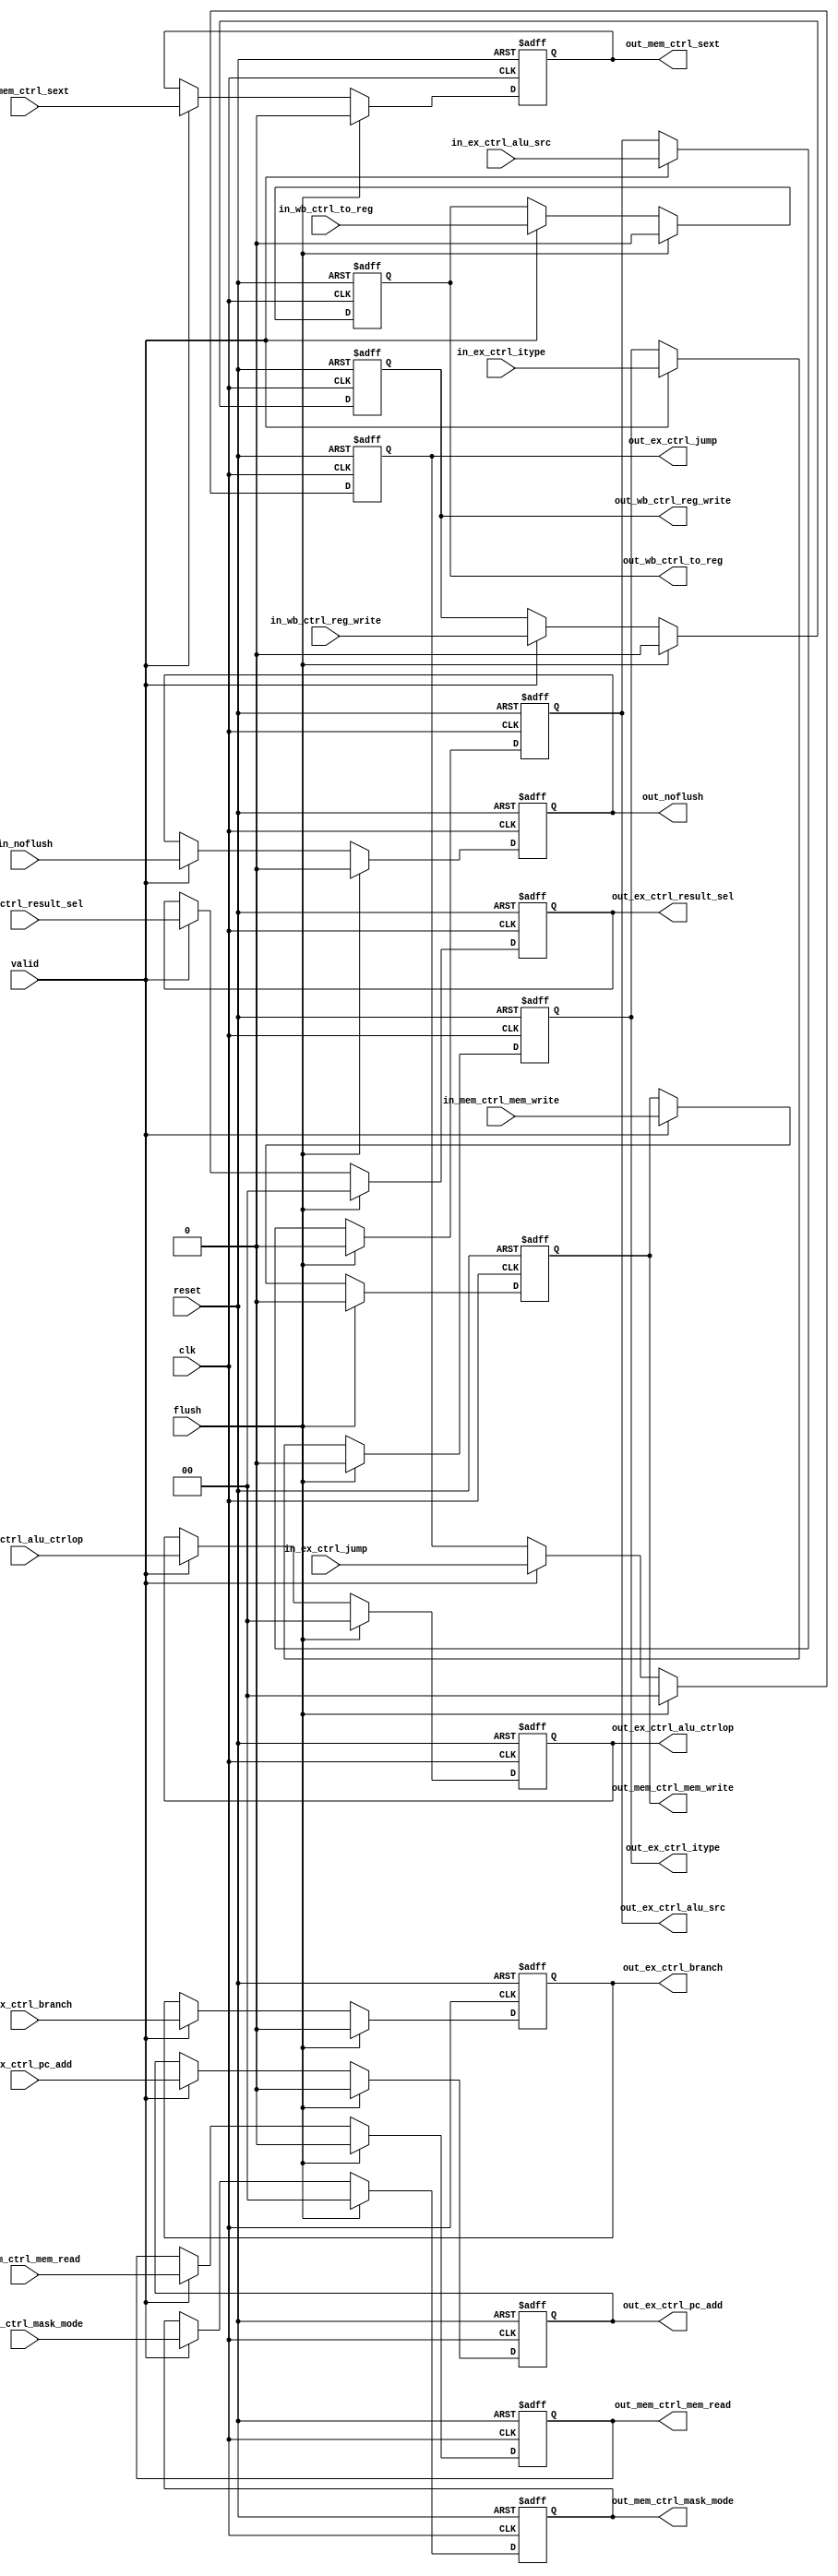
module id_ex_ctrl (
  input        clk,
  input        reset,
  input        in_ex_ctrl_itype,
  input  [1:0] in_ex_ctrl_alu_ctrlop,
  input  [1:0] in_ex_ctrl_result_sel,
  input        in_ex_ctrl_alu_src,
  input        in_ex_ctrl_pc_add,
  input        in_ex_ctrl_branch,
  input  [1:0] in_ex_ctrl_jump,
  input        in_mem_ctrl_mem_read,
  input        in_mem_ctrl_mem_write,
  input  [1:0] in_mem_ctrl_mask_mode,
  input        in_mem_ctrl_sext,
  input        in_wb_ctrl_to_reg,
  input        in_wb_ctrl_reg_write,
  input        in_noflush,
  input        flush,
  input        valid,
  output       out_ex_ctrl_itype,
  output [1:0] out_ex_ctrl_alu_ctrlop,
  output [1:0] out_ex_ctrl_result_sel,
  output       out_ex_ctrl_alu_src,
  output       out_ex_ctrl_pc_add,
  output       out_ex_ctrl_branch,
  output [1:0] out_ex_ctrl_jump,
  output       out_mem_ctrl_mem_read,
  output       out_mem_ctrl_mem_write,
  output [1:0] out_mem_ctrl_mask_mode,
  output       out_mem_ctrl_sext,
  output       out_wb_ctrl_to_reg,
  output       out_wb_ctrl_reg_write,
  output       out_noflush
);

  reg  reg_ex_ctrl_itype;
  reg [1:0] reg_ex_ctrl_alu_ctrlop;
  reg [1:0] reg_ex_ctrl_result_sel;
  reg  reg_ex_ctrl_alu_src;
  reg  reg_ex_ctrl_pc_add;
  reg  reg_ex_ctrl_branch;
  reg [1:0] reg_ex_ctrl_jump;
  reg  reg_mem_ctrl_mem_read;
  reg  reg_mem_ctrl_mem_write;
  reg [1:0] reg_mem_ctrl_mask_mode;
  reg  reg_mem_ctrl_sext;
  reg  reg_wb_ctrl_to_reg;
  reg  reg_wb_ctrl_reg_write;
  reg  reg_noflush;

  assign out_ex_ctrl_itype = reg_ex_ctrl_itype;
  assign out_ex_ctrl_alu_ctrlop = reg_ex_ctrl_alu_ctrlop;
  assign out_ex_ctrl_result_sel = reg_ex_ctrl_result_sel;
  assign out_ex_ctrl_alu_src = reg_ex_ctrl_alu_src;
  assign out_ex_ctrl_pc_add = reg_ex_ctrl_pc_add;
  assign out_ex_ctrl_branch = reg_ex_ctrl_branch;
  assign out_ex_ctrl_jump = reg_ex_ctrl_jump;
  assign out_mem_ctrl_mem_read = reg_mem_ctrl_mem_read;
  assign out_mem_ctrl_mem_write = reg_mem_ctrl_mem_write;
  assign out_mem_ctrl_mask_mode = reg_mem_ctrl_mask_mode;
  assign out_mem_ctrl_sext = reg_mem_ctrl_sext;
  assign out_wb_ctrl_to_reg = reg_wb_ctrl_to_reg;
  assign out_wb_ctrl_reg_write = reg_wb_ctrl_reg_write;
  assign out_noflush = reg_noflush;

  always @(posedge clk or posedge reset) begin
    if (reset) begin
      reg_ex_ctrl_itype <= 1'h0;
    end else if (flush) begin
      reg_ex_ctrl_itype <= 1'h0;
    end else if (valid) begin
      reg_ex_ctrl_itype <= in_ex_ctrl_itype;
    end
  end

  always @(posedge clk or posedge reset) begin
    if (reset) begin
      reg_ex_ctrl_alu_ctrlop <= 2'h0;
    end else if (flush) begin
      reg_ex_ctrl_alu_ctrlop <= 2'h0;
    end else if (valid) begin
      reg_ex_ctrl_alu_ctrlop <= in_ex_ctrl_alu_ctrlop;
    end
  end

  always @(posedge clk or posedge reset) begin
    if (reset) begin
      reg_ex_ctrl_result_sel <= 2'h0;
    end else if (flush) begin
      reg_ex_ctrl_result_sel <= 2'h0;
    end else if (valid) begin
      reg_ex_ctrl_result_sel <= in_ex_ctrl_result_sel;
    end
  end

  always @(posedge clk or posedge reset) begin
    if (reset) begin
      reg_ex_ctrl_alu_src <= 1'h0;
    end else if (flush) begin
      reg_ex_ctrl_alu_src <= 1'h0;
    end else if (valid) begin
      reg_ex_ctrl_alu_src <= in_ex_ctrl_alu_src;
    end
  end

  always @(posedge clk or posedge reset) begin
    if (reset) begin
      reg_ex_ctrl_pc_add <= 1'h0;
    end else if (flush) begin
      reg_ex_ctrl_pc_add <= 1'h0;
    end else if (valid) begin
      reg_ex_ctrl_pc_add <= in_ex_ctrl_pc_add;
    end
  end

  always @(posedge clk or posedge reset) begin
    if (reset) begin
      reg_ex_ctrl_branch <= 1'h0;
    end else if (flush) begin
      reg_ex_ctrl_branch <= 1'h0;
    end else if (valid) begin
      reg_ex_ctrl_branch <= in_ex_ctrl_branch;
    end
  end

  always @(posedge clk or posedge reset) begin
    if (reset) begin
      reg_ex_ctrl_jump <= 2'h0;
    end else if (flush) begin
      reg_ex_ctrl_jump <= 2'h0;
    end else if (valid) begin
      reg_ex_ctrl_jump <= in_ex_ctrl_jump;
    end
  end

  always @(posedge clk or posedge reset) begin
    if (reset) begin
      reg_mem_ctrl_mem_read <= 1'h0;
    end else if (flush) begin
      reg_mem_ctrl_mem_read <= 1'h0;
    end else if (valid) begin
      reg_mem_ctrl_mem_read <= in_mem_ctrl_mem_read;
    end
  end

  always @(posedge clk or posedge reset) begin
    if (reset) begin
      reg_mem_ctrl_mem_write <= 1'h0;
    end else if (flush) begin
      reg_mem_ctrl_mem_write <= 1'h0;
    end else if (valid) begin
      reg_mem_ctrl_mem_write <= in_mem_ctrl_mem_write;
    end
  end

  always @(posedge clk or posedge reset) begin
    if (reset) begin
      reg_mem_ctrl_mask_mode <= 2'h0;
    end else if (flush) begin
      reg_mem_ctrl_mask_mode <= 2'h0;
    end else if (valid) begin
      reg_mem_ctrl_mask_mode <= in_mem_ctrl_mask_mode;
    end
  end

  always @(posedge clk or posedge reset) begin
    if (reset) begin
      reg_mem_ctrl_sext <= 1'h0;
    end else if (flush) begin
      reg_mem_ctrl_sext <= 1'h0;
    end else if (valid) begin
      reg_mem_ctrl_sext <= in_mem_ctrl_sext;
    end
  end

  always @(posedge clk or posedge reset) begin
    if (reset) begin
      reg_wb_ctrl_to_reg <= 1'h0;
    end else if (flush) begin
      reg_wb_ctrl_to_reg <= 1'h0;
    end else if (valid) begin
      reg_wb_ctrl_to_reg <= in_wb_ctrl_to_reg;
    end
  end

  always @(posedge clk or posedge reset) begin
    if (reset) begin
      reg_wb_ctrl_reg_write <= 1'h0;
    end else if (flush) begin
      reg_wb_ctrl_reg_write <= 1'h0;
    end else if (valid) begin
      reg_wb_ctrl_reg_write <= in_wb_ctrl_reg_write;
    end
  end

  always @(posedge clk or posedge reset) begin
    if (reset) begin
      reg_noflush <= 1'h0;
    end else if (flush) begin
      reg_noflush <= 1'h0;
    end else if (valid) begin
      reg_noflush <= in_noflush;
    end
  end


endmodule